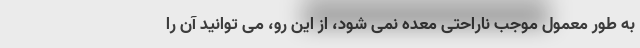
به طور معمول موجب ناراحتی معده نمی شود، از این رو، می توانید آن را